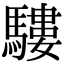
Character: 䮫